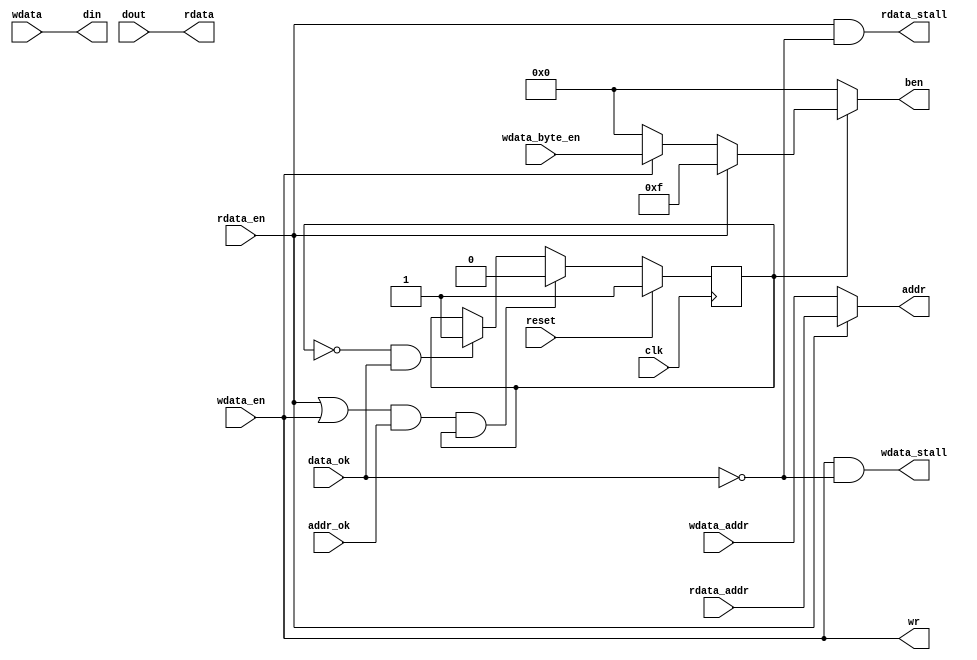
`timescale 1ns / 1ps

module naive_to_sramlike(
    input clk,
    input reset,
    
    input wdata_en,
    input [31:0] wdata_addr,
    input [3:0] wdata_byte_en,
    input [31:0] wdata,
    output wdata_stall,
    
    input rdata_en,
    input [31:0] rdata_addr,
    output [31:0] rdata,
    output rdata_stall,

    output [31:0] addr,
    output [3:0] ben,
    output wr,
    input addr_ok,
    input data_ok,
    input [31:0] dout,
    output [31:0] din
    );
    
    assign addr = (rdata_en) ? rdata_addr : wdata_addr;
    assign din = wdata;
    assign rdata = dout;
    assign wdata_stall = wdata_en & (!data_ok);
    assign rdata_stall = rdata_en & (!data_ok);
    assign wr = wdata_en;
    
    reg [3:0] temp_en;
    reg idle;
    always @ (*) begin
        if(rdata_en)
            temp_en = 4'b1111;
        else if(wdata_en)
            temp_en = wdata_byte_en;
        else
            temp_en = 4'b0000;
    end
    always @ (posedge clk) begin
        if(reset) begin
            idle <= 1;
        end
        else if(( ( rdata_en | wdata_en ) & addr_ok ) & idle)
            idle <= 0;
        else if( (!idle) & data_ok )
            idle <= 1;
    end
    assign ben = idle ? temp_en : 4'b0000;
    
endmodule